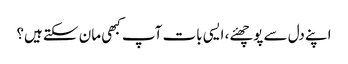
اپنے دل سے پوچھئے، ایسی بات آپ کبھی مان سکتے ہیں؟